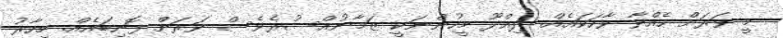
މީ ވަރަށް ހެއްވާ ވާހަކައެއް. ދިއްދޫ މީހުންނަކީ ޒަމާނުއްސުރެވެސް ވަރަށް ފޮނިބައެއް. މިހާރު